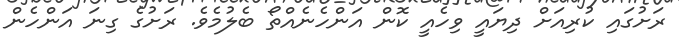
ރަށުގައި ކުރިއަށް ދިޔައީ ވިހެއީ ކޮން އަންހެނެއްތޯ ބެލުމެވެ. ރަށުގެ ގިނަ އަންހެން